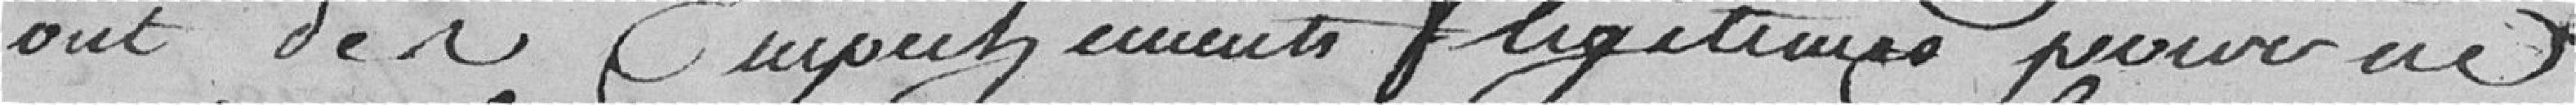
ont des des emplacements légitimes prouvés au